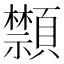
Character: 䫴